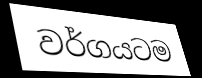
වර්ගයටම